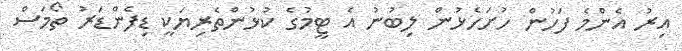
އިރު އެންމެ ފަހުން ހުށަހެޅުން ލިބުނު އެ ޓީމުގެ ކުޅުންތެރިޔަކީ ޑިފެންޑަރު ތޯމަސް